Civil Veterinary Dept. Bombay admin report 1907-1913 - 1907-1913
Year: 1907
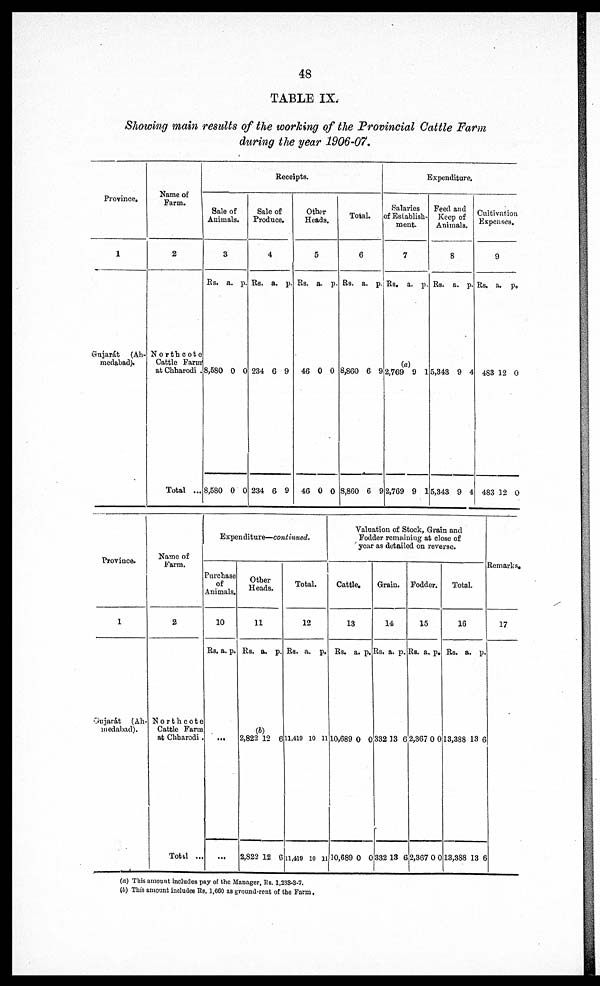
48
TABLE IX.
Showing main results of the working of the Provincial Cattle Farm
during the year 1906-07.
Province,
1
Gujarát (Ah-
medabad).
Name of
Farm.
2
North cote
Cattle Farm
at Chharodi .
Total ...
Receipts.
Sale of
Animals.
3
Rs. a. p.
8,580 0 0
8,580 0 0
Sale of
Produce.
4
Rs. a. p.
234 6 9
234 6 9
Other
Heads.
5
Rs. a. p.
46 0 0
46 0 0
Total.
6
Rs. a. p.
8,860 6 9
8,860 6 9
Expenditure.
Salaries
of Establish-
ment.
7
Rs. a. p.
(a)
2,769 9 1
2,769 9 1
Feed and
Keep of
Animals.
8
Rs. a. p.
5,343 9 4
5,343 9 4
Cultivation
Expenses.
9
Rs. a. p.
483 12 0
483 32 0
Province.
1
Gujarát (Ah-
medabad).
Name of
Farm.
2
North cote
Cattle Farm
at Chbarodi.
Total ...
Expenditure—continued.
Purchase
of
Animals.
10
Rs. a. p.
...
Other
Heads.
11
Rs. a. p.
(b)
2,822 12 6
2,822 12 6
Total.
12
Rs. a. p.
11,410 10 11
11,419 10 11
Valuation of Stock, Grain and
Fodder remaining at close of
year as detailed on reverse.
Cattle.
13
Rs. a. p.
10,689 0 0
10,689 0 0
Grain.
14
Rs. a. p.
332 13 6
332 13 6
Fodder.
15
Rs. a. p.
2,367 0 0
2,367 0 0
Total.
16
Rs. a. p.
13,388 13 6
13,388 13 6
Remarks.
17
(a) This amount includes pay of the Manager, Rs. 1,233-8-7.
(b) This amount includes Rs. 1,660 as ground-rent of the Farm.